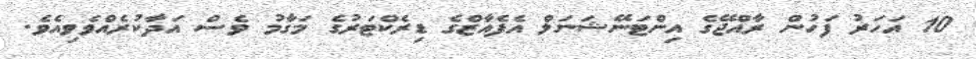
10 އަހަރު ފަހުން ރާއްޖޭގެ އިންޓަނޭޝަނަލް އެފެއާޒްގެ ޑިރެކްޓަރުގެ މަގާމު ވެސް އަދާކުރެއްވެވިއެވެ.